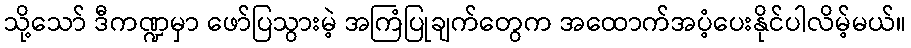
သို့သော် ဒီကဏ္ဍမှာ ဖော်ပြသွားမဲ့ အကြံပြုချက်တွေက အထောက်အပံ့ပေးနိုင်ပါလိမ့်မယ်။